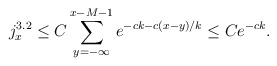
\begin{align*}j_{x}^{3.2}\le C\sum_{y=-\infty}^{x-M-1}e^{-ck-c(x-y)/k}\le Ce^{-ck}.\end{align*}